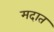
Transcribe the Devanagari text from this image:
मदात